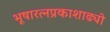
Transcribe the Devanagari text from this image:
भूषारत्नप्रकाशाढ्यो